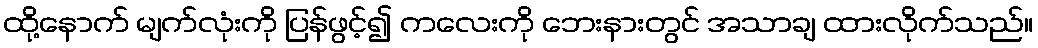
ထို့နောက် မျက်လုံးကို ပြန်ဖွင့်၍ ကလေးကို ဘေးနားတွင် အသာချ ထားလိုက်သည်။